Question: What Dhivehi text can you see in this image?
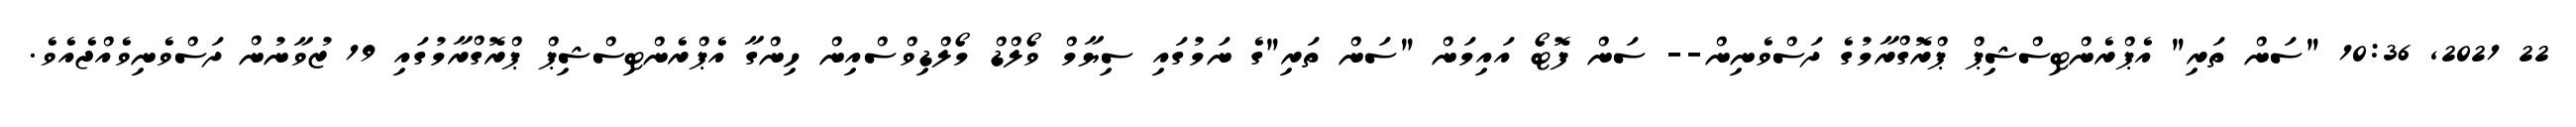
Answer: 22 2021, 10:36 "ސަން ތަރި" އެޕްރެންޓިސްޝިޕް ޕްރޮގްރާމުގެ ދަސްވެނިން-- ސަން ފޮޓޯ އައިމަން "ސަން ތަރި"ގެ ނަމުގައި ސިޔާމް ވޯލްޑް މޯލްޑިވްސްއިން ހިންގާ އެޕްރެންޓިސްޝިޕް ޕްރޮގްރާމުގައި 19 ޒުވާނުން ދަސްވެނިވެއްޖެއެވެ.